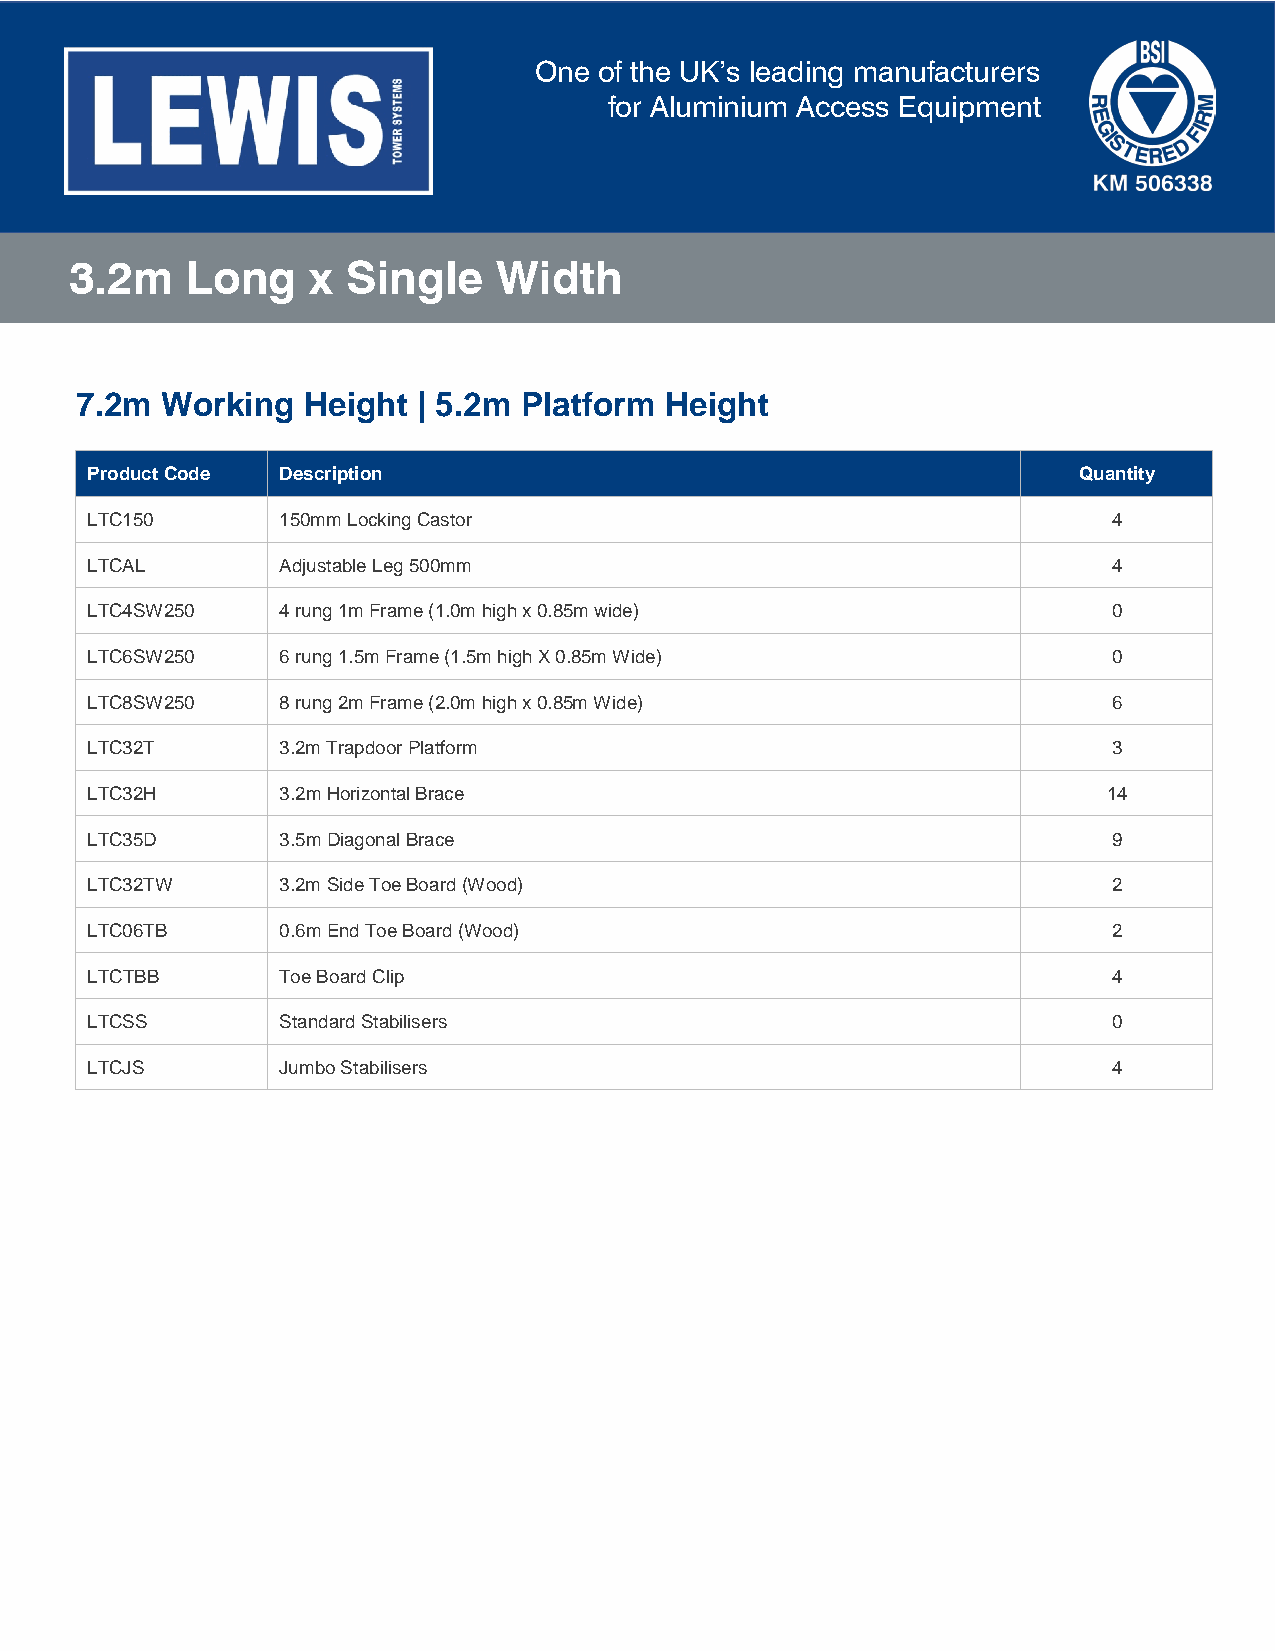
One  of the UK’s leading manufacturers
 for Aluminium Access Equipment
 3.2m   Long     x Single    Width
 7.2m  Working  Height  | 5.2m Platform Height
 Product Code Description                                         Quantity
 LTC150      150mm Locking Castor                                    4
 LTCAL       Adjustable Leg 500mm                                    4
 LTC4SW250   4 rung 1m Frame (1.0m high x 0.85m wide)                0
 LTC6SW250   6 rung 1.5m Frame (1.5m high X 0.85m Wide)              0
 LTC8SW250   8 rung 2m Frame (2.0m high x 0.85m Wide)                6
 LTC32T      3.2m Trapdoor Platform                                  3
 LTC32H      3.2m Horizontal Brace                                  14
 LTC35D      3.5m Diagonal Brace                                     9
 LTC32TW     3.2m Side Toe Board (Wood)                              2
 LTC06TB     0.6m End Toe Board (Wood)                               2
 LTCTBB      Toe Board Clip                                          4
 LTCSS       Standard Stabilisers                                    0
 LTCJS       Jumbo Stabilisers                                       4